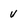
Character: v